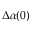
\Delta \alpha ( 0 )